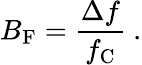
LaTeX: B_{\mathrm{F}}={\frac{\Delta f}{f_{\mathrm{C}}}}\ .